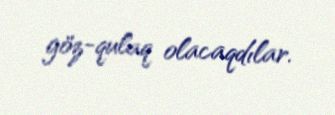
göz-qulaq olacaqdılar.